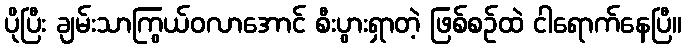
ပိုပြီး ချမ်းသာကြွယ်ဝလာအောင် စီးပွားရှာတဲ့ ဖြစ်စဉ်ထဲ ငါရောက်နေပြီ။